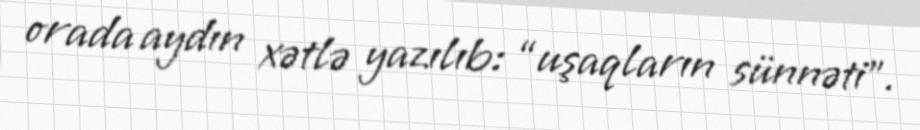
orada aydın xətlə yazılıb: “uşaqların sünnəti”.